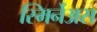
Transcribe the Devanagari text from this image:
स्मिर्नेअस